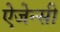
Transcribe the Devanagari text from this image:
ऐजेन्‍सी